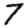
Digit: 7